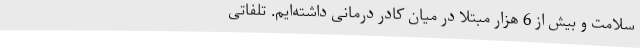
سلامت و بیش از 6 هزار مبتلا در میان کادر درمانی داشته‌ایم. تلفاتی